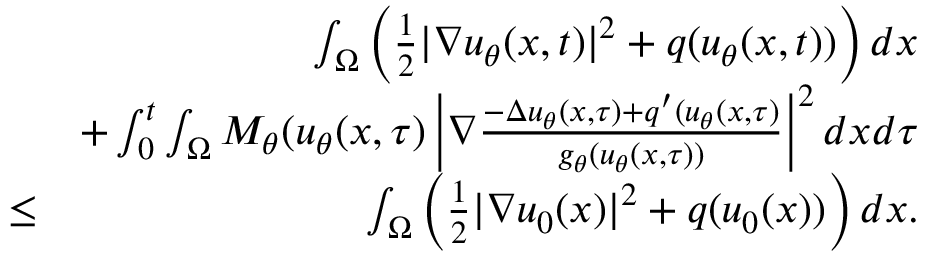
\begin{array} { r l r } & { } & { \int _ { \Omega } \left( \frac { 1 } { 2 } | \nabla u _ { \theta } ( x , t ) | ^ { 2 } + q ( u _ { \theta } ( x , t ) ) \right) d x } \\ & { } & { + \int _ { 0 } ^ { t } \int _ { \Omega } M _ { \theta } ( u _ { \theta } ( x , \tau ) \left| \nabla \frac { - \Delta u _ { \theta } ( x , \tau ) + q ^ { \prime } ( u _ { \theta } ( x , \tau ) } { g _ { \theta } ( u _ { \theta } ( x , \tau ) ) } \right| ^ { 2 } d x d \tau } \\ & { \leq } & { \int _ { \Omega } \left( \frac { 1 } { 2 } | \nabla u _ { 0 } ( x ) | ^ { 2 } + q ( u _ { 0 } ( x ) ) \right) d x . } \end{array}